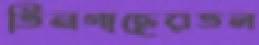
তিনগাছেরতল